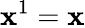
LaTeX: \mathbf{x}^{1}=\mathbf{x}